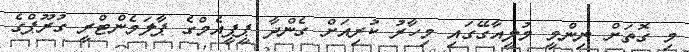
މި ގޮތަށް ނިންމީ މުލީއާގޭގައި މިހާރު ކުރިއަށް ގެންދާ ޕީޕީއެމްގެ ޕާލަމެންޓްރީ ގުރޫޕްގެ